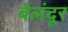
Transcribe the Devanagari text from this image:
बेलंदूर